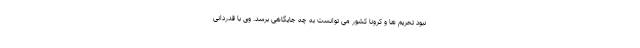
نبود تحریم ها و کرونا کشور می توانست به چه جایگاهی برسد. وی با قدردانی